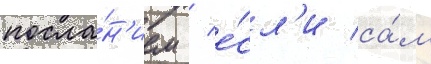
посла́н'ием / е́сл'и са́м